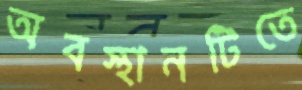
অবস্থানটিতে